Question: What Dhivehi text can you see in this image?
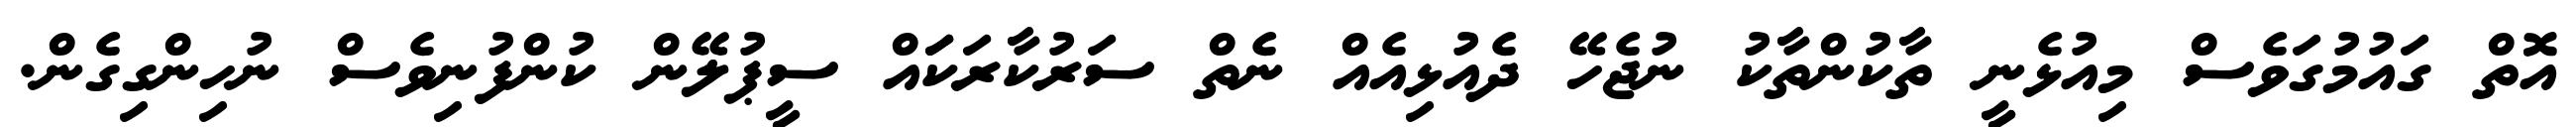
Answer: އޮތް ގައުމުގަވެސް މިއުޅެނީ ތާކުންތާކު ނުޖެހޭ ދެއުޅިއެއް ނެތް ސަރުކާރަކަައް ސީޕުލޭން ކުންފުނިވެސް ނުހިންގިގެން.